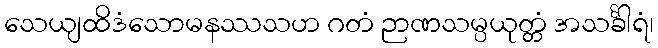
သေယျထိဒံသောမနဿသဟ ဂတံ ဉာဏသမ္ပယုတ္တံ အသင်္ခါရံ၊